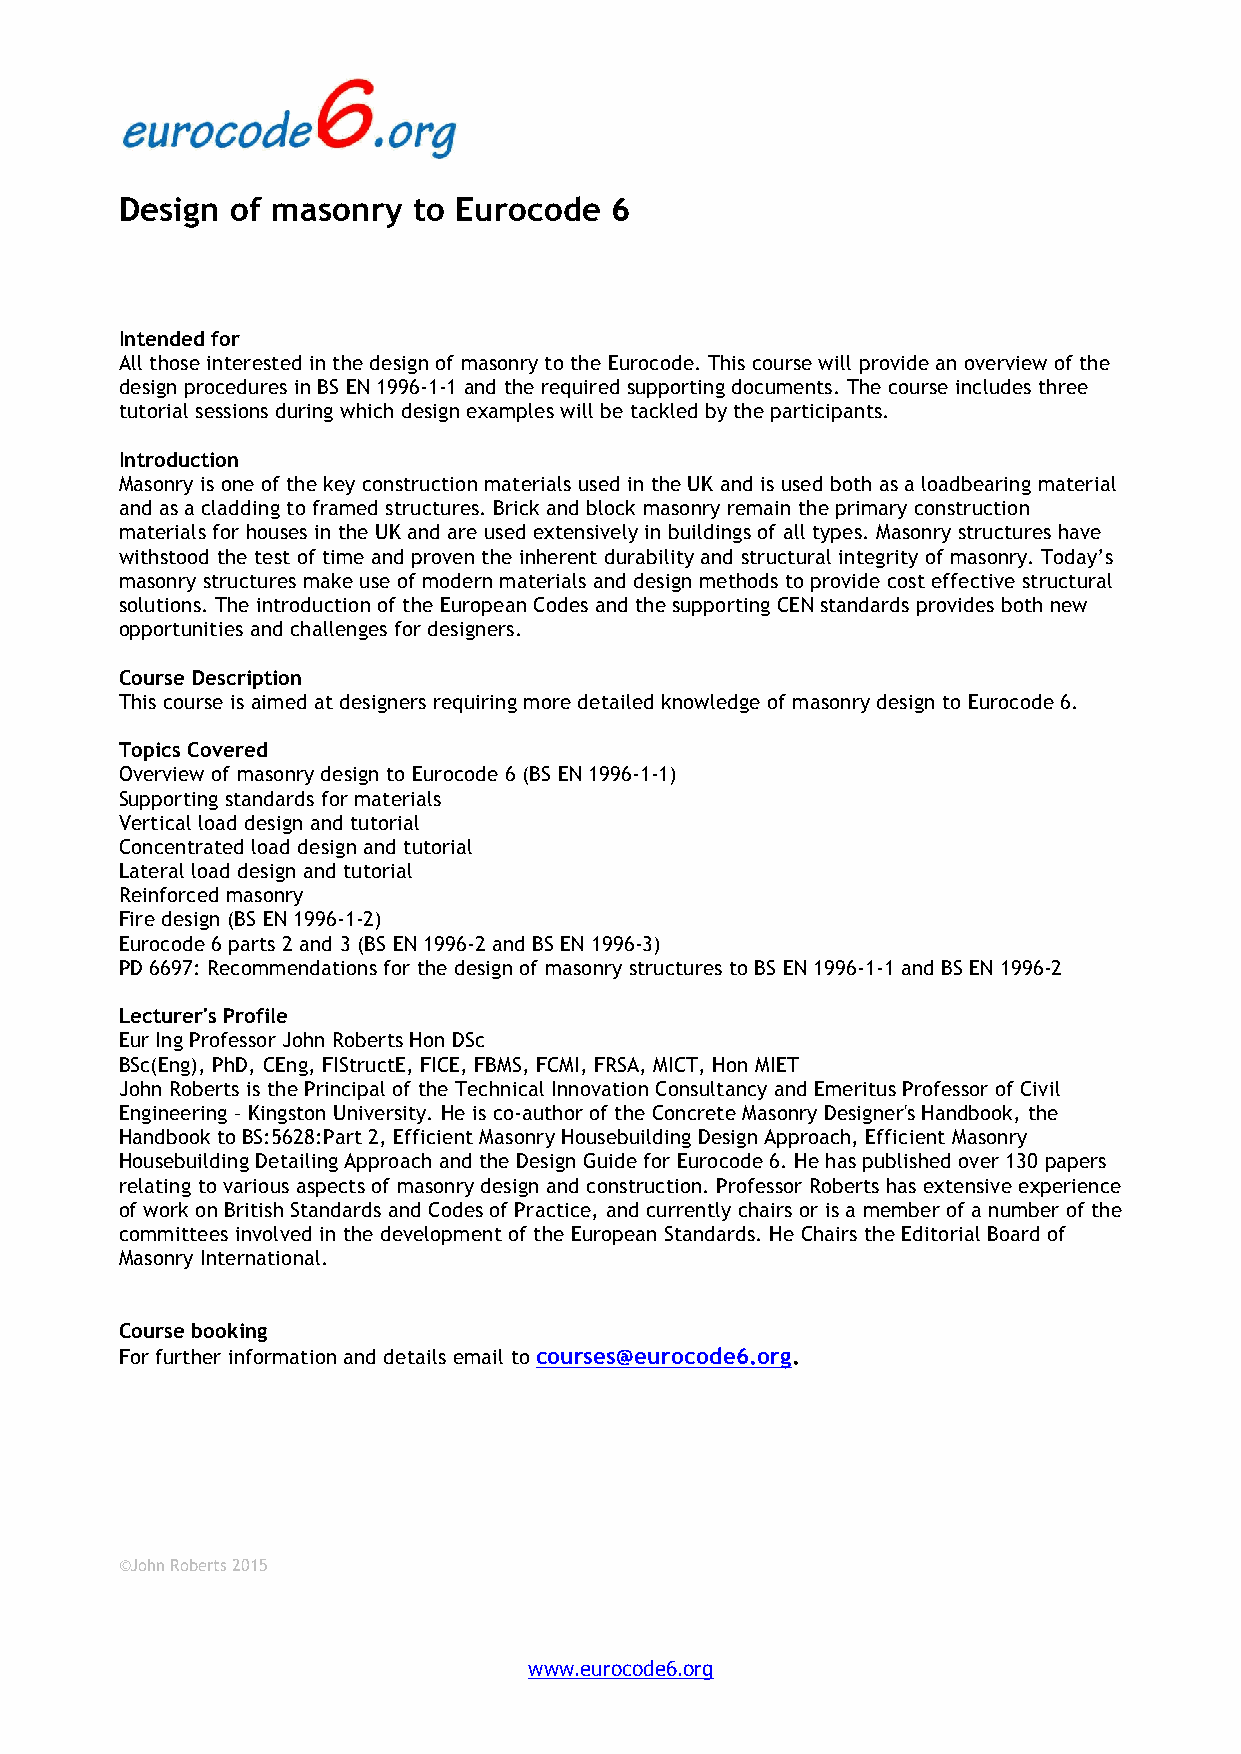
Design of masonry  to Eurocode  6
 Intended for
 All those interested in the design of masonry to the Eurocode. This course will provide an overview of the
 design procedures in BS EN 1996-1-1 and the required supporting documents. The course includes three
 tutorial sessions during which design examples will be tackled by the participants.
 Introduction
 Masonry is one of the key construction materials used in the UK and is used both as a loadbearing material
 and as a cladding to framed structures. Brick and block masonry remain the primary construction
 materials for houses in the UK and are used extensively in buildings of all types. Masonry structures have
 withstood the test of time and proven the inherent durability and structural integrity of masonry. Today’s
 masonry structures make use of modern materials and design methods to provide cost effective structural
 solutions. The introduction of the European Codes and the supporting CEN standards provides both new
 opportunities and challenges for designers.
 Course Description
 This course is aimed at designers requiring more detailed knowledge of masonry design to Eurocode 6.
 Topics Covered
 Overview of masonry design to Eurocode 6 (BS EN 1996-1-1)
 Supporting standards for materials
 Vertical load design and tutorial
 Concentrated load design and tutorial
 Lateral load design and tutorial
 Reinforced masonry
 Fire design (BS EN 1996-1-2)
 Eurocode 6 parts 2 and 3 (BS EN 1996-2 and BS EN 1996-3)
 PD 6697: Recommendations for the design of masonry structures to BS EN 1996-1-1 and BS EN 1996-2
 Lecturer's Profile
 Eur Ing Professor John Roberts Hon DSc
 BSc(Eng), PhD, CEng, FIStructE, FICE, FBMS, FCMI, FRSA, MICT, Hon MIET
 John Roberts is the Principal of the Technical Innovation Consultancy and Emeritus Professor of Civil
 Engineering – Kingston University. He is co-author of the Concrete Masonry Designer's Handbook, the
 Handbook to BS:5628:Part 2, Efficient Masonry Housebuilding Design Approach, Efficient Masonry
 Housebuilding Detailing Approach and the Design Guide for Eurocode 6. He has published over 130 papers
 relating to various aspects of masonry design and construction. Professor Roberts has extensive experience
 of work on British Standards and Codes of Practice, and currently chairs or is a member of a number of the
 committees involved in the development of the European Standards. He Chairs the Editorial Board of
 Masonry International.
 Course booking
 For further information and details email to courses@eurocode6.org.
 ©John Roberts 2015
 www.eurocode6.org